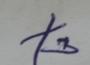
Signature authenticity: forged